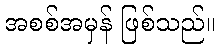
အစစ်အမှန် ဖြစ်သည်။